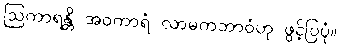
ဩကာရန္တိ အဝကာရံ လာမကဘာဝံဟု ဖွင့်ပြပုံ။